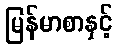
မြန်မာစာနှင့်